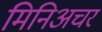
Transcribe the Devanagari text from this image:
मिनिअचर